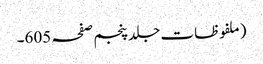
(ملفوظات جلد پنجم صفحہ 605۔